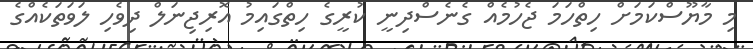
މި މާޔޫސްކަމަށް ހިތްހަމަ ޖެހުމެއް ގެނެސްދިނީ ކުރީގެ ހިތްގައިމު އޮރިޖިނަލް ދިވެހި ލަވަތަކެއްގެ